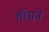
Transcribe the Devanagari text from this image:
गॉसने